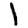
Digit: 1